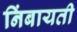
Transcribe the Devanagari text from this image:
निंबायती